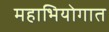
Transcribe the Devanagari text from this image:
महाभियोगात